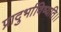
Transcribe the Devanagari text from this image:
प्रादुर्भाविष्यति।।